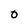
Character: 0